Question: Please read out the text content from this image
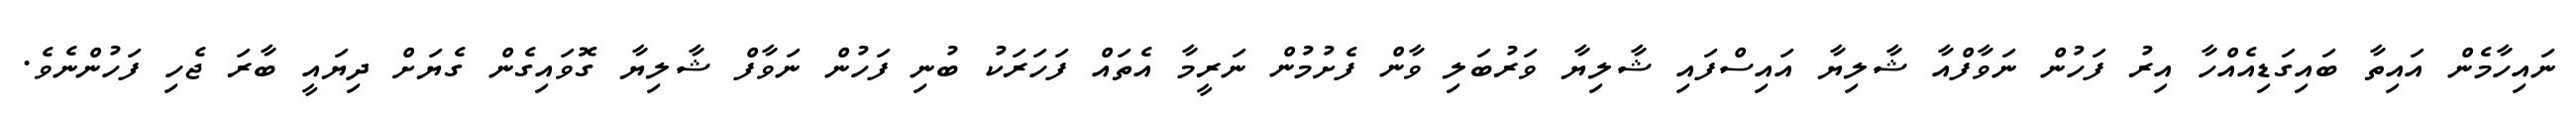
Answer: ނައިހާމެން އައިތާ ބައިގަޑިއެއްހާ އިރު ފަހުން ނަވާފްއާ ޝާލިޔާ އައިސްފައި ޝާލިޔާ ވަރުބަލި ވާން ފެށުމުން ނަރީމާ އެތައް ފަހަރަކު ބުނި ފަހުން ނަވާފް ޝާލިޔާ ގޮވައިގެން ގެޔަށް ދިޔައީ ބާރަ ޖެހި ފަހުންނެވެ.